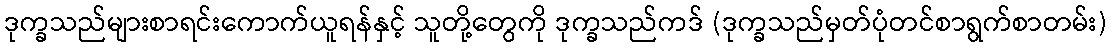
ဒုက္ခသည်များစာရင်းကောက်ယူရန်နှင့် သူတို့တွေကို ဒုက္ခသည်ကဒ် (ဒုက္ခသည်မှတ်ပုံတင်စာရွက်စာတမ်း)